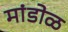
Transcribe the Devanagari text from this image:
मांडोळ